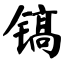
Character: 镐